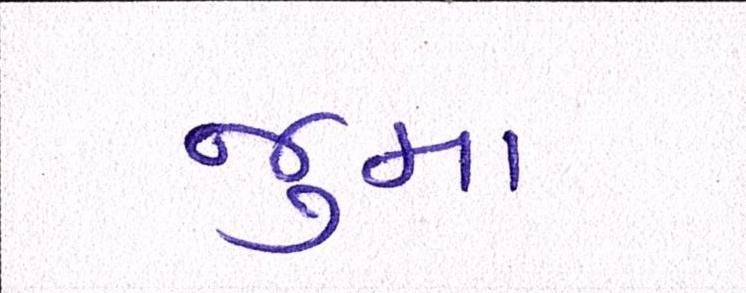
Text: જુમા